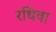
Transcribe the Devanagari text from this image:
रधिवा